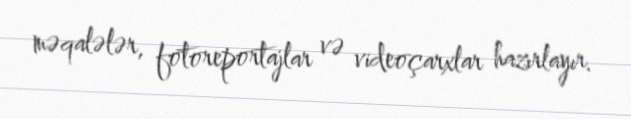
məqalələr, fotoreportajlar və videoçarxlar hazırlayır.